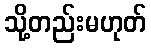
သို့တည်းမဟုတ်